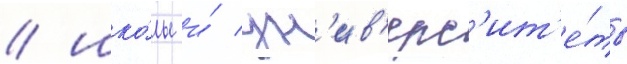
/ шко́лы и́ ун'ив'ерс'ит'е́ты